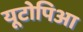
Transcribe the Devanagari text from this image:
यूटोपिआ